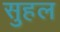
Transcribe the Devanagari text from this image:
सुहल